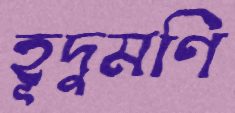
হূদুমণি